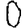
Digit: 0